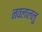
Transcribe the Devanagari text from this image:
नवलाललु